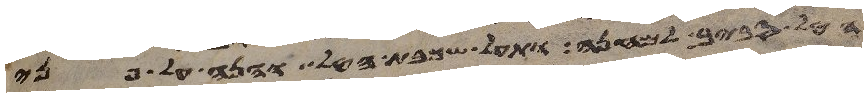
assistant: הטל סביב למחנה ותעל שכבת הטל והנה על פני